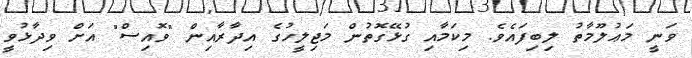
ވަނީ މަޢުލޫމާތު ލިބިފައެވެ. މިކަމާއި ގުޅޭގޮތުން މަޖިލީހުގެ އިދާރާއިން "ވޮއިސް" އަށް ވިދާޅުވީ